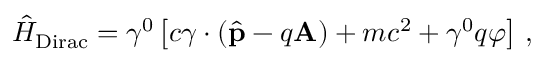
{ \hat { H } } _ { \mathrm { D i r a c } } = \gamma ^ { 0 } \left[ c { \boldsymbol { \gamma } } \cdot \left( { \hat { \mathbf { p } } } - q \mathbf { A } \right) + m c ^ { 2 } + \gamma ^ { 0 } q \varphi \right] \, ,